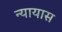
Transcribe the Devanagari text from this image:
न्यायास